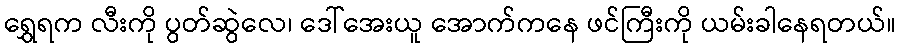
ရွှေရက လီးကို ပွတ်ဆွဲလေ၊ ဒေါ်အေးယူ အောက်ကနေ ဖင်ကြီးကို ယမ်းခါနေရတယ်။